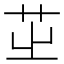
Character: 𦭩